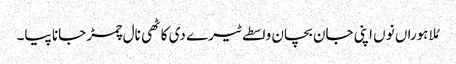
مُلا ہوراں نوں اپنی جان بچان واسطے ٹیرے دی کاٹھی نال چمڑ جانا پیا۔